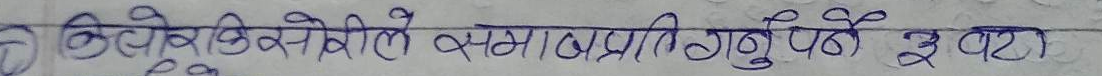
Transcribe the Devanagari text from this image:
त्रिभुज किसेले समानुपाती गर्नु पर्छ र वटा